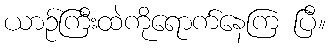
ယာဉ်ကြီးထဲကိုရောက်နေကြ ပြီ။